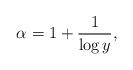
LaTeX: \begin{align*}\alpha=1+\frac{1}{\log y}, \end{align*}